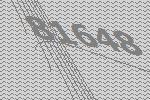
81648